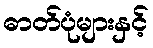
ဓာတ်ပုံများနှင့်